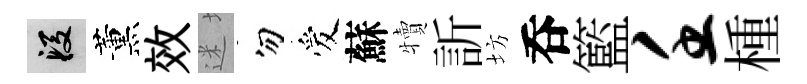
段薰效迷勿爱蘇犢訢坊呑籃壬㮔